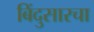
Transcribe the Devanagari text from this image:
बिंदुसारचा